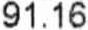
91.16